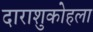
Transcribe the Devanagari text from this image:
दाराशुकोहला